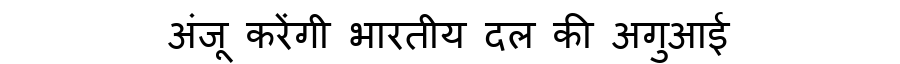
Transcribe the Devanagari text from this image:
अंजू करेंगी भारतीय दल की अगुआई